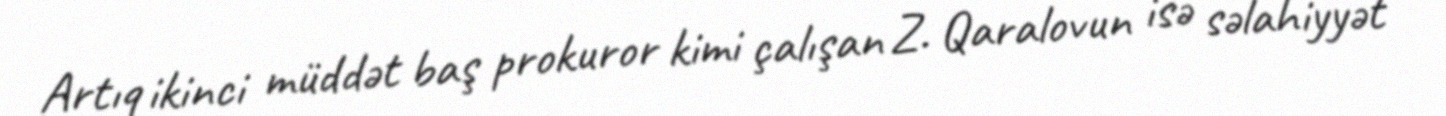
Artıq ikinci müddət baş prokuror kimi çalışan Z. Qaralovun isə səlahiyyət